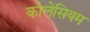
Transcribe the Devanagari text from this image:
कोलेसियम